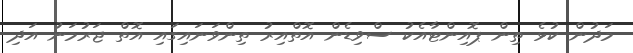
މަދުން ކުޅެ ތިން ޕޮއިންޓާއެކު ސްވިޑެން އޮތްއިރު ތިންވަނައިގައި އޮތް ޖަރުމަނު އަދި